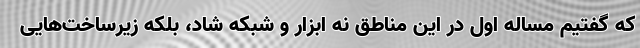
که گفتیم مساله اول در این مناطق نه ابزار و شبکه شاد، بلکه زیرساخت‌هایی